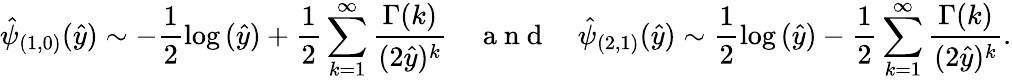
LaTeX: \hat{\psi}_{(1,0)}(\hat{y})\sim-\frac{1}{2}\log{(\hat{y})}+\frac{1}{2}\sum_{k=1}^{\infty}\frac{\Gamma{(k)}}{(2\hat{y})^{k}}\quad\mathrm{~a~n~d~}\quad\hat{\psi}_{(2,1)}(\hat{y})\sim\frac{1}{2}\log{(\hat{y})}-\frac{1}{2}\sum_{k=1}^{\infty}\frac{\Gamma{(k)}}{(2\hat{y})^{k}}.